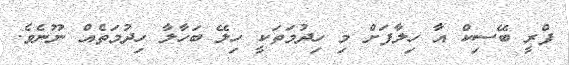
ފްރީ ބޭސިކް އާ ހިލާފަށް މި ހިދުމަތަކީ ހިލޭ ބަހާލާ ހިދުމަތެއް ނޫނެވެ.